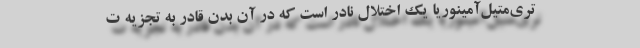
تری‌متیل‌آمینوریا یک اختلال نادر است که در آن بدن قادر به تجزیه ت